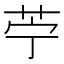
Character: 苧